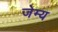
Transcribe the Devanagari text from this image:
जेम्य